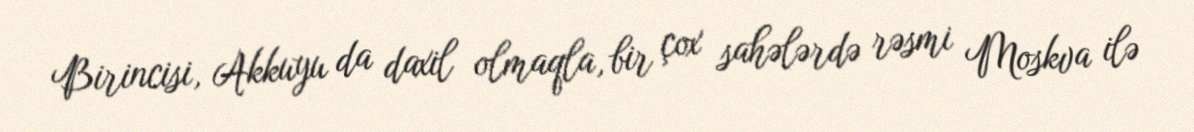
Birincisi, Akkuyu da daxil olmaqla, bir çox sahələrdə rəsmi Moskva ilə